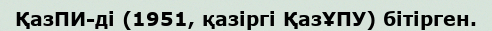
ҚазПИ-ді (1951, қазіргі ҚазҰПУ) бітірген.